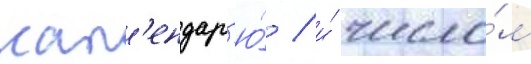
кал'ендар'ю́ / и́ число́м